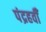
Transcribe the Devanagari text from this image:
पंद्रहवीँ